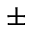
\pm